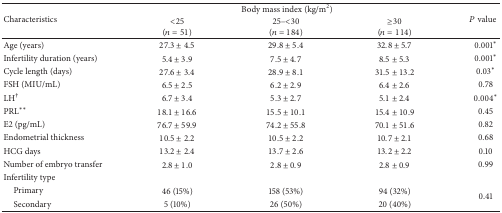
<table><thead><tr><td rowspan="2"><b>Characteristics</b></td><td colspan="3"><b>Body mass index (kg/m<sup>2</sup>)</b></td><td rowspan="2"><b><i>P</i> value</b></td></tr><tr><td><b>&lt;25(<i>n</i> = 51)</b></td><td><b>25–&lt;30 (<i>n</i> = 184)</b></td><td><b>≥30 (<i>n</i> = 114)</b></td></tr></thead><tbody><tr><td>Age (years)</td><td>27.3 ± 4.5</td><td>29.8 ± 5.4</td><td>32.8 ± 5.7</td><td>0.001∗</td></tr><tr><td>Infertility duration (years)</td><td>5.4 ± 3.9</td><td>7.5 ± 4.7</td><td>8.5 ± 5.3</td><td>0.001∗</td></tr><tr><td>Cycle length (days)</td><td>27.6 ± 3.4</td><td>28.9 ± 8.1</td><td>31.5 ± 13.2</td><td>0.03∗</td></tr><tr><td>FSH (MIU/mL)</td><td>6.5 ± 2.5</td><td>6.2 ± 2.9</td><td>6.4 ± 2.6</td><td>0.78</td></tr><tr><td>LH<sup>†</sup></td><td>6.7 ± 3.4</td><td>5.3 ± 2.7</td><td>5.1 ± 2.4</td><td>0.004∗</td></tr><tr><td>PRL∗∗</td><td>18.1 ± 16.6</td><td>15.5 ± 10.1</td><td>15.4 ± 10.9</td><td>0.45</td></tr><tr><td>E2 (pg/mL)</td><td>76.7 ± 59.9</td><td>74.2 ± 55.8</td><td>70.1 ± 51.6</td><td>0.82</td></tr><tr><td>Endometrial thickness</td><td>10.5 ± 2.2</td><td>10.5 ± 2.2</td><td>10.7 ± 2.1</td><td>0.68</td></tr><tr><td>HCG days</td><td>13.2 ± 2.4</td><td>13.7 ± 2.6</td><td>13.2 ± 2.2</td><td>0.10</td></tr><tr><td>Number of embryo transfer</td><td>2.8 ± 1.0</td><td>2.8 ± 0.9</td><td>2.8 ± 0.9</td><td>0.99</td></tr><tr><td>Infertility type</td><td> </td><td> </td><td> </td><td> </td></tr><tr><td> Primary</td><td>46 (15%)</td><td>158 (53%)</td><td>94 (32%)</td><td rowspan="2">0.41</td></tr><tr><td> Secondary</td><td>5 (10%)</td><td>26 (50%)</td><td>20 (40%)</td></tr></tbody></table>